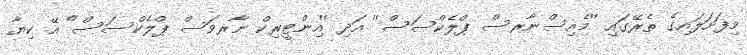
މިފަށަލައިގެ ތެރޭގައި ''މެއިސްނާރސް ޕްލެކްސަސް'' އަދި ''އިންޓީރިކް ނާރވަސް ޕްލެކްސަސް" އޭ ކިޔާ